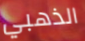
الذهبي